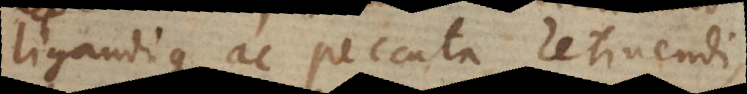
andique ac peccata retinendi,